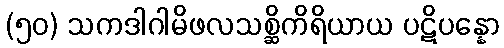
(၅၀) သကဒါဂါမိဖလသစ္ဆိကိရိယာယ ပဋိပန္နော